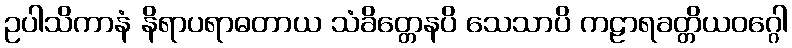
ဥပါသိကာနံ နိရာပရာဓတာယ သံခိတ္တေနပိ သေသာပိ ကဠာရခတ္တိယဝဂ္ဂေါ